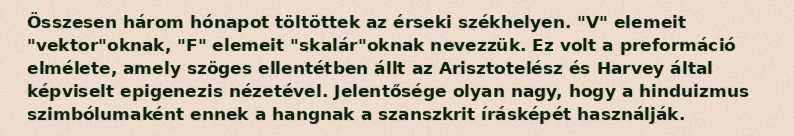
Összesen három hónapot töltöttek az érseki székhelyen. "V" elemeit "vektor"oknak, "F" elemeit "skalár"oknak nevezzük. Ez volt a preformáció elmélete, amely szöges ellentétben állt az Arisztotelész és Harvey által képviselt epigenezis nézetével. Jelentősége olyan nagy, hogy a hinduizmus szimbólumaként ennek a hangnak a szanszkrit írásképét használják.